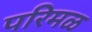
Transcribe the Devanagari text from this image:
परिमळ